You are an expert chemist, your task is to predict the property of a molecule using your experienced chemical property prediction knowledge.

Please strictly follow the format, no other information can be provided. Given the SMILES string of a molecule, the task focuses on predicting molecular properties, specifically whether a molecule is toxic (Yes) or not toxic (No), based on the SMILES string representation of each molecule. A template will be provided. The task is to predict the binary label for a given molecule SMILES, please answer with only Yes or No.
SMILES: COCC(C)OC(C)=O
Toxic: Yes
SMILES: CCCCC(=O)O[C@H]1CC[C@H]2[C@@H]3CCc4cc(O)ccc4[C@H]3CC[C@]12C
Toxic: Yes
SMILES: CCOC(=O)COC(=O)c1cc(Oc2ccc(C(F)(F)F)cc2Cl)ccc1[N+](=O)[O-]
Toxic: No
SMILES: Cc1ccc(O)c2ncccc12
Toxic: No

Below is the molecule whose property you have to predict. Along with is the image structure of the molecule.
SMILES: C=C(C#N)CCC#N
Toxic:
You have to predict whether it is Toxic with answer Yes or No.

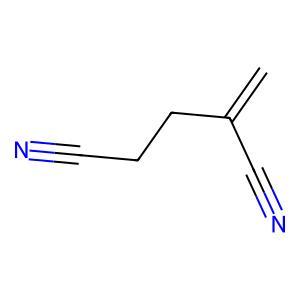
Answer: No